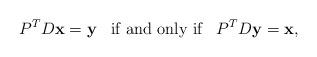
LaTeX: \begin{align*}P^TD\mathbf{x}=\mathbf{y}\;\;\;\mbox{\rm if and only if}\;\;\;P^TD\mathbf{y}=\mathbf{x},\end{align*}